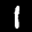
Label: 1